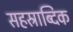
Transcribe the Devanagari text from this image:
सहस्राब्दिक